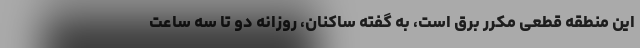
این منطقه قطعی مکرر برق است، به گفته ساکنان، روزانه دو تا سه ساعت